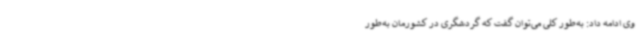
وی ادامه داد: به‌طور کلی می‌توان گفت که گردشگری در کشورمان به‌طور